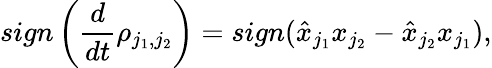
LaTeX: sign\left(\frac{d}{dt}\rho_{j_{1},j_{2}}\right)=sign(\hat{x}_{j_{1}}x_{j_{2}}-\hat{x}_{j_{2}}x_{j_{1}}),